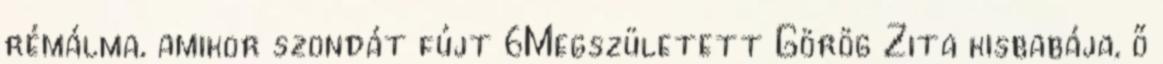
rémálma, amikor szondát fújt 6Megszületett Görög Zita kisbabája, ő